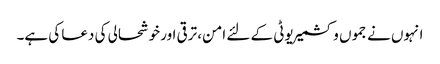
انہوں نے جموں وکشمیر یوٹی کے لئے امن، ترقی اور خوشحالی کی دعا کی ہے۔